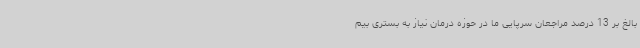
بالغ بر 13 درصد مراجعان سرپایی ما در حوزه درمان نیاز به بستری بیم